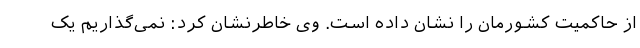
از حاکمیت کشورمان را نشان داده است. وی خاطرنشان کرد: نمی‌گذاریم یک